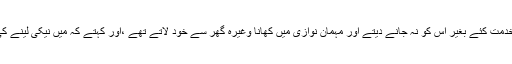
اللہ تعالی نے بابا جی کو مہمان نوازی کی عظیم صفت سے نوازا تھا جب بھی کوئی مہمان آتا اس کو خدمت کئے بغیر اس کو نہ جانے دیتے اور مہمان نوازی میں کھانا وغیرہ گھر سے خود لاتے تھے ،اور کہتے کہ میں نیکی لینے کی خاطر یہ خود کام کرتا ہوں اور کبھی فرماتے کہ یہ مہمان میرا ہے میں ہی اس کی خدمت کروں گا۔